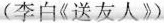
( 李白《 送友人 》)